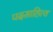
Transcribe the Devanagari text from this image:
पदसाहित्य